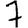
Digit: 7